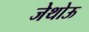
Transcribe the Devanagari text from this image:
जेथोऊ